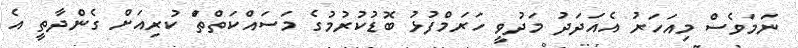
ނަމަވެސް މިއަހަރު އެއަދަދު މަދުވީ ހަރަމްފުޅު ބޮޑުކުރުމުގެ މަސައްކަތްތަް ކުރިއަށް ގެންދާތީ އެ